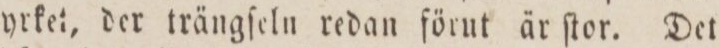
yrket, der trängſeln redan förut är ſtor. Det